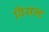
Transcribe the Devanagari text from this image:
विंसन्ट